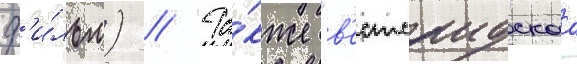
ф'и́льм) // Та́кже "в'естсаидскаа